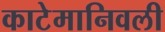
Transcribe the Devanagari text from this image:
काटेमानिवली